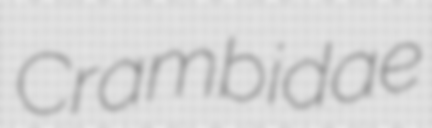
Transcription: Crambidae